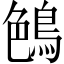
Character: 𪁅